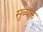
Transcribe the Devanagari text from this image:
सुब्यॅक्त